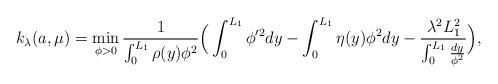
LaTeX: \begin{align*} k_\lambda(a,\mu)= \min_{\phi>0}\displaystyle\frac{1}{\int_0^{L_1} \rho(y)\phi^2}\Big(\int_0^{L_1} \phi'^2dy - \int_0^{L_1}\eta(y)\phi^2dy - \frac{\lambda^2 L_1^2}{\int_0^{L_1}\frac{dy}{\phi^2}}\Big),\end{align*}